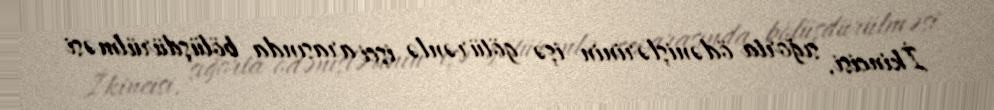
İkincisi, sığorta ödənişlərinin işə götürənlə işçi arasında bölüşdürülməsi